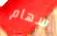
سهام